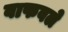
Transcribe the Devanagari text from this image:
वाफवले